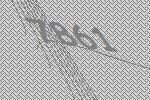
7861